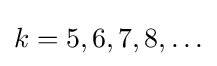
k=5,6,7,8,\ldots